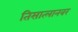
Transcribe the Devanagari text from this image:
तिसात्लानवर